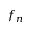
f _ { n }